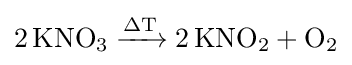
{2\,\mathrm {KNO} {\vphantom {A}}_{\smash[{t}]{3}}{}\mathrel {\xrightarrow {\mathrm {\Delta T} } } {}2\,\mathrm {KNO} {\vphantom {A}}_{\smash[{t}]{2}}{}+{}\mathrm {O} {\vphantom {A}}_{\smash[{t}]{2}}}